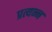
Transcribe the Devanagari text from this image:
प्रत्यन्न